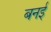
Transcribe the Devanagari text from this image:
बनई